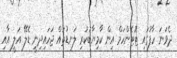
ދެވަނަ ހާފުގައި ޓޮޓެންހަމް އިން ކާމިޔާބުކުރި ލަނޑުތައް ޖަހައިދިނީ ޑެލޭ އަލީ އާއި